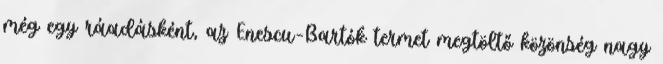
még egy ráadásként, az Enescu–Bartók termet megtöltő közönség nagy